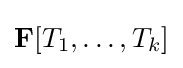
\mathbf {F} [T_{1},\dots ,T_{k}]